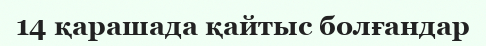
14 қарашада қайтыс болғандар